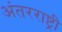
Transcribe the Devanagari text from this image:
अंतरराष्ट्री